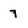
Character: 7